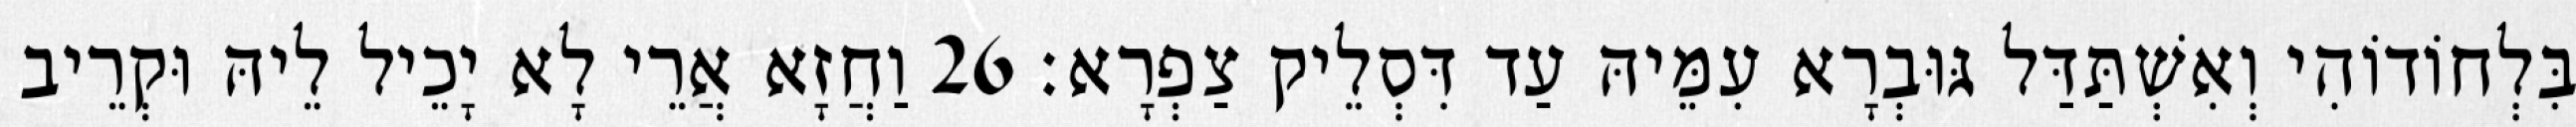
בִּלְחוֹדוֹהִי וְאִשְׁתַּדַּל גּוּבְרָא עִמֵּיהּ עַד דִּסְלֵיק צַפְרָא׃ 26 וַחֲזָא אֲרֵי לָא יָכֵיל לֵיהּ וּקְרֵיב